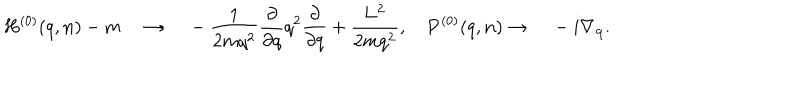
H ^ { ( 0 ) } ( q , { \bf n } ) - m { \quad } \rightarrow { \quad } - \frac { 1 } { { 2 m } { q } ^ { 2 } } \frac { \partial } { { \partial } { q } } { q } ^ { 2 } \frac { \partial } { { \partial } { q } } + \frac { \bf L ^ { 2 } } { 2 m q ^ { 2 } } , { \quad } { \bf P } ^ { ( 0 ) } ( q , { \bf n } ) \rightarrow { \quad } - i \nabla _ { \bf q } .